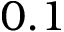
0 . 1